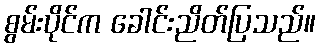
စွမ်းပိုင်က ခေါင်းညိတ်ပြသည်။